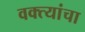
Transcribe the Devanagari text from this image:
वक्त्यांचा